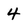
Character: 4